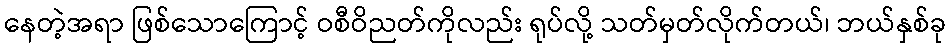
နေတဲ့အရာ ဖြစ်သောကြောင့် ဝစီဝိညတ်ကိုလည်း ရုပ်လို့ သတ်မှတ်လိုက်တယ်၊ ဘယ်နှစ်ခု